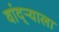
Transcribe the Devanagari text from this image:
वांद्‌ऱ्याला